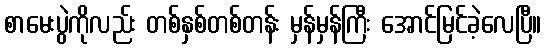
စာမေးပွဲကိုလည်း တစ်နှစ်တစ်တန်း မှန်မှန်ကြီး အောင်မြင်ခဲ့လေပြီ။